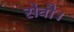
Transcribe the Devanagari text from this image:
सेवाै।